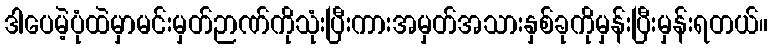
ဒါပေမဲ့ပုံထဲမှာမင်းမှတ်ဉာဏ်ကိုသုံးပြီးကားအမှတ်အသားနှစ်ခုကိုမှန်းပြီးမှန်းရတယ်။